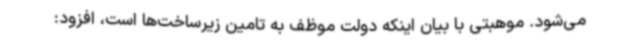
می‌شود. موهبتی با بیان اینکه دولت موظف به تامین زیرساخت‌ها است، افزود: